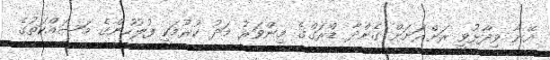
އޭނާ ވިދާޅުވީ ރަށްރަށަށް ގެންދާ ޑްރަގްގެ މިންވަރު މަދު ކުރުމަކީ ފުލުހުންގެ މަސައްކަތުގެ